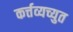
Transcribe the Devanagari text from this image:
कर्त्तव्यच्युत